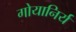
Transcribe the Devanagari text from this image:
गोयानिर्य